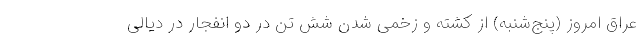
عراق امروز (پنج‌شنبه) از کشته و زخمی شدن شش تن در دو انفجار در دیالی